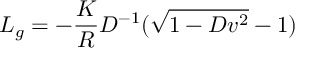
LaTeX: L _ { g } = - { \frac { K } { R } } D ^ { - 1 } ( \sqrt { 1 - D v ^ { 2 } } - 1 )